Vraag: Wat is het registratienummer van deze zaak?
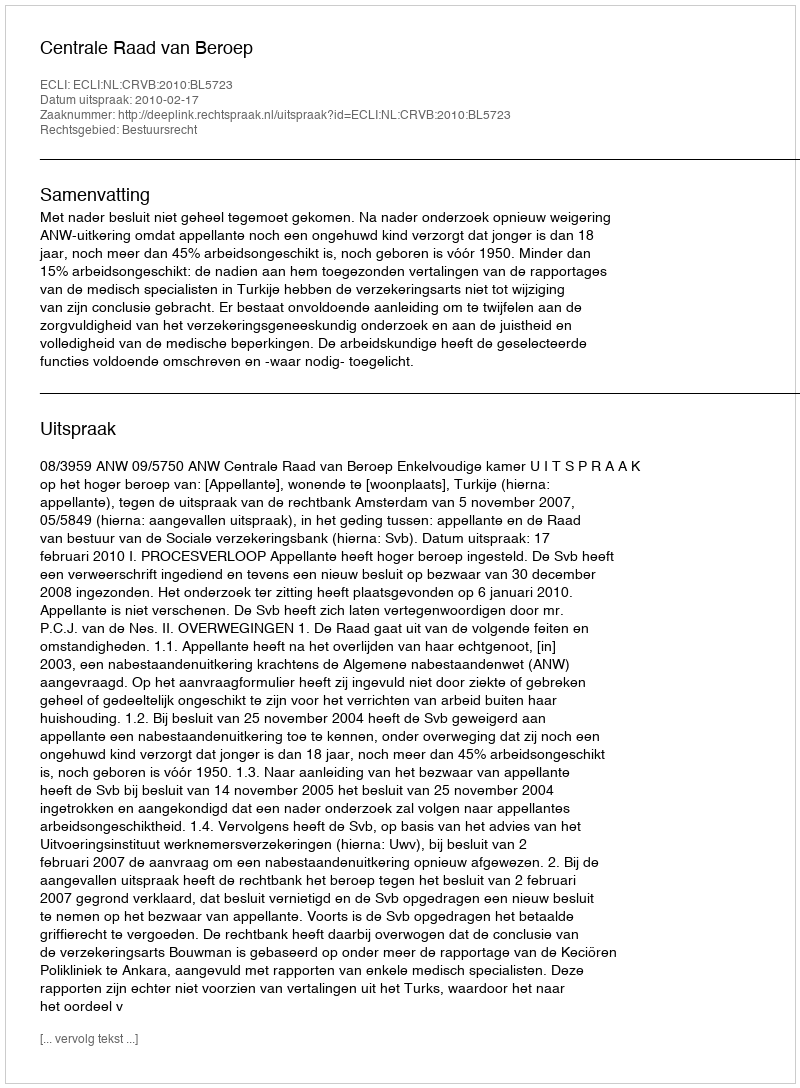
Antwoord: http://deeplink.rechtspraak.nl/uitspraak?id=ECLI:NL:CRVB:2010:BL5723